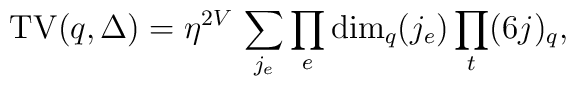
{\rm TV}(q,\Delta) = \eta^{2V}\,\sum_{j_e} \prod_e {\rm dim}_q(j_e) \prod_t (6j)_q,